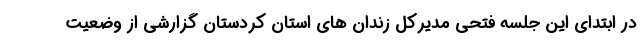
در ابتدای این جلسه فتحی مدیرکل زندان های استان کردستان گزارشی از وضعیت